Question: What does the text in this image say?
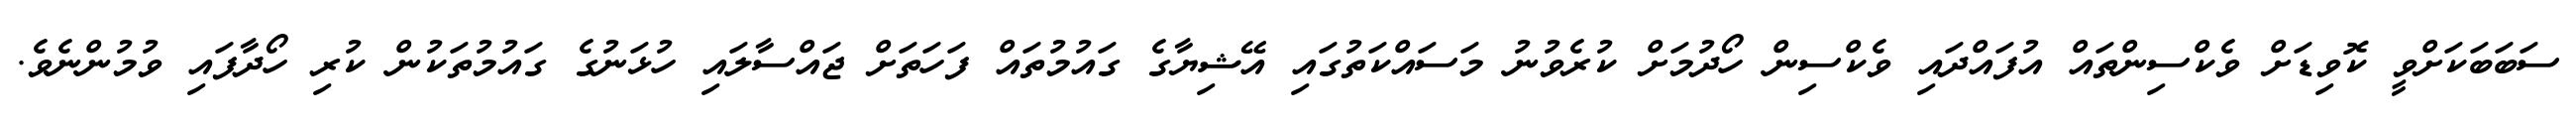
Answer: ސަބަބަކަށްވީ ކޮވިޑަށް ވެކްސިންތައް އުފައްދައި ވެކްސިން ހޯދުމަށް ކުރެވުނު މަސައްކަތުގައި އޭޝިޔާގެ ގައުމުތައް ފަހަތަށް ޖައްސާލައި ހުޅަނުގެ ގައުމުތަކުން ކުރި ހޯދާފައި ވުމުންނެވެ.